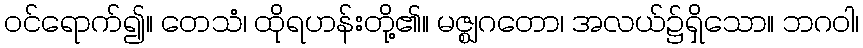
ဝင်ရောက်၍။ တေသံ၊ ထိုရဟန်းတို့၏။ မဇ္ဈဂတော၊ အလယ်၌ရှိသော။ ဘဂဝါ၊